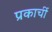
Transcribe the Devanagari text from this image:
प्रकार्ची